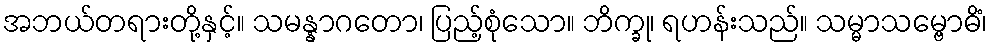
အဘယ်တရားတို့နှင့်။ သမန္နာဂတော၊ ပြည့်စုံသော။ ဘိက္ခု၊ ရဟန်းသည်။ သမ္မာသမ္ဗောဓိံ၊